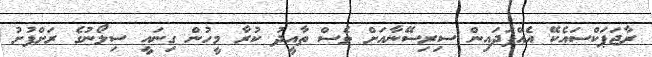
ރާޖަޕަކްސައެކޭ އެއްފަދައިން ސިރިސޭނާއަށް ވެސް ތާއީދު ކުރާ މީހުން ގިނައީ ސިލޯނުގެ ރަށްފުށު